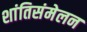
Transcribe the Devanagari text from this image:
शांतिसंमेलन